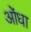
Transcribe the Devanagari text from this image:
ओंधा